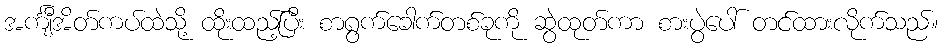
အင်္ကျီအိတ်ကပ်ထဲသို့ ထိုးထည့်ပြီး စာရွက်ခေါက်တစ်ခုကို ဆွဲထုတ်ကာ စားပွဲပေါ် တင်ထားလိုက်သည်။